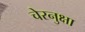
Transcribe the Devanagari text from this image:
चेरनुक्षा